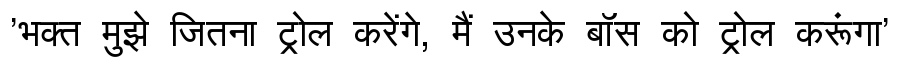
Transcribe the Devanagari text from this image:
'भक्त मुझे जितना ट्रोल करेंगे, मैं उनके बॉस को ट्रोल करूंगा'